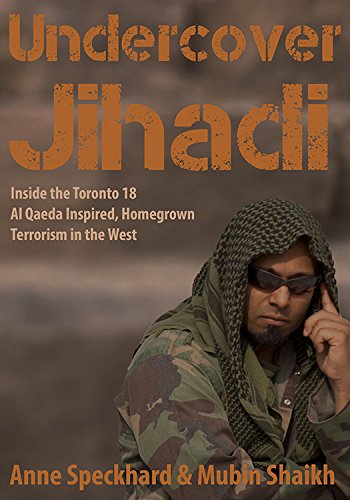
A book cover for Undercover Jihadi: Inside the Toronto 18 - Al Qaeda Inspired, Homegrown Terrorism in the West; Anne Speckhard; Biographies & Memoirs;